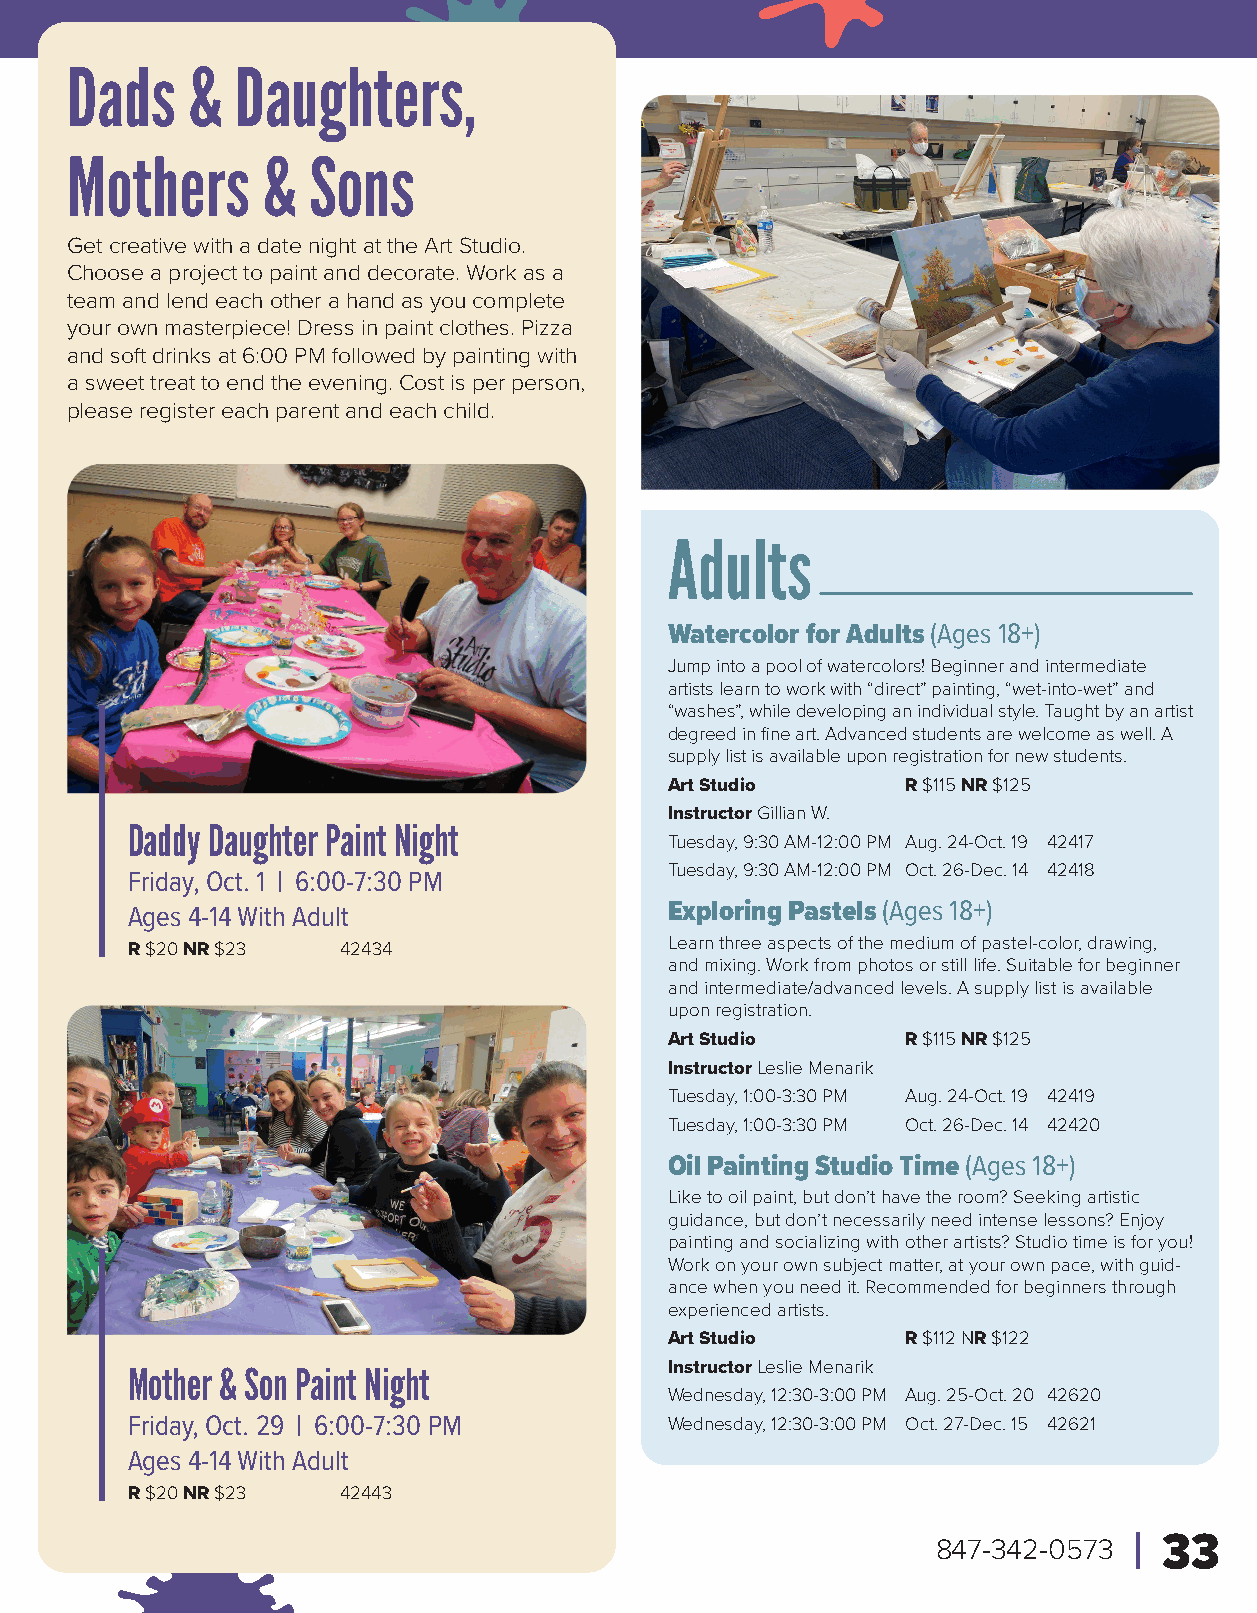
Dads    &   Daughters,
 Mothers      &  Sons
 Get creative with a date night at the Art Studio.
 Choose a project to paint and decorate. Work as a
 team and lend each other a hand as you complete
 your own masterpiece! Dress in paint clothes. Pizza
 and soft drinks at 6:00 PM followed by painting with
 a sweet treat to end the evening. Cost is per person,
 please register each parent and each child.
 Adults
 Watercolor for Adults (Ages 18+)
 Jump into a pool of watercolors! Beginner and intermediate
 artists learn to work with “direct” painting, “wet-into-wet” and
 “washes”, while developing an individual style. Taught by an artist
 degreed in fine art. Advanced students are welcome as well. A
 supply list is available upon registration for new students.
 Art Studio      R $115 NR $125
 Instructor Gillian W.
 Daddy Daughter Paint Night
 Tuesday, 9:30 AM-12:00 PM Aug. 24-Oct. 19 42417
 Tuesday, 9:30 AM-12:00 PM Oct. 26-Dec. 14 42418
 Friday, Oct. 1 | 6:00-7:30 PM
 Ages 4-14 With Adult                Exploring Pastels (Ages 18+)
 R $20 NR $23   42434                Learn three aspects of the medium of pastel-color, drawing,
 and mixing. Work from photos or still life. Suitable for beginner
 and intermediate/advanced levels. A supply list is available
 upon registration.
 Art Studio      R $115 NR $125
 Instructor Leslie Menarik
 Tuesday, 1:00-3:30 PM Aug. 24-Oct. 19 42419
 Tuesday, 1:00-3:30 PM Oct. 26-Dec. 14 42420
 Oil Painting Studio Time (Ages 18+)
 Like to oil paint, but don’t have the room? Seeking artistic
 guidance, but don’t necessarily need intense lessons? Enjoy
 painting and socializing with other artists? Studio time is for you!
 Work on your own subject matter, at your own pace, with guid-
 ance when you need it. Recommended for beginners through
 experienced artists.
 Art Studio      R $112 NR $122
 Mother & Son Paint Night            Instructor Leslie Menarik
 Wednesday, 12:30-3:00 PM Aug. 25-Oct. 20 42620
 Friday, Oct. 29 | 6:00-7:30 PM      Wednesday, 12:30-3:00 PM Oct. 27-Dec. 15 42621
 Ages 4-14 With Adult
 R $20 NR $23   42443
 847-342-0573   33